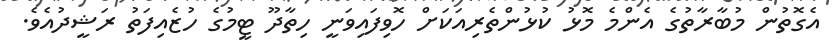
އެގޮތުން މުބާރާތުގެ އެންމެ މޮޅު ކުޅުންތެރިއަކަށް ހޮވިފައިވަނީ ހިތާދޫ ޓީމުގެ ހުޒެއިފަތު ރަޝީދުއެވެ.